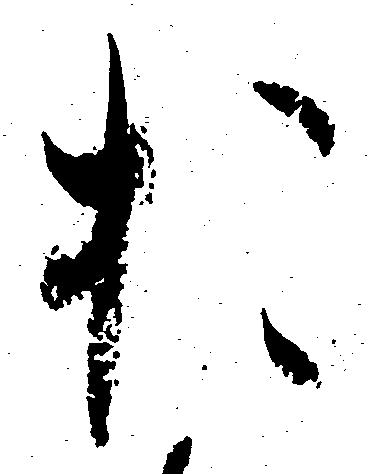
お